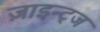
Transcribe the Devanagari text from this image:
ज़ाइन्ट्ज